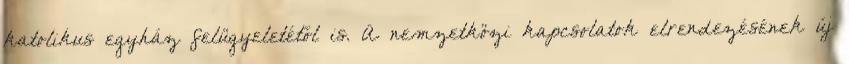
katolikus egyház felügyeletétől is. A nemzetközi kapcsolatok elrendezésének új